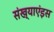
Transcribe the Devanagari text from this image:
संख्याएंइस